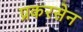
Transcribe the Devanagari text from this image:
प्रकरसेन